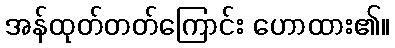
အန်ထုတ်တတ်ကြောင်း ဟောထား၏။